画像に写った文字を読んでください
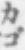
「カゴ」と書いてあります